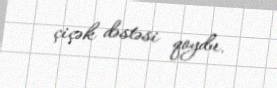
çiçək dəstəsi qoydu.